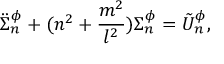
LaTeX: \ddot { \Sigma } _ { n } ^ { \phi } + ( n ^ { 2 } + \frac { m ^ { 2 } } { l ^ { 2 } } ) \Sigma _ { n } ^ { \phi } = \tilde { U } _ { n } ^ { \phi } ,